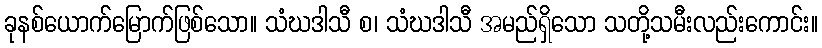
ခုနစ်ယောက်မြောက်ဖြစ်သော။ သံဃဒါသီ စ၊ သံဃဒါသီ အမည်ရှိသော သတို့သမီးလည်းကောင်း။